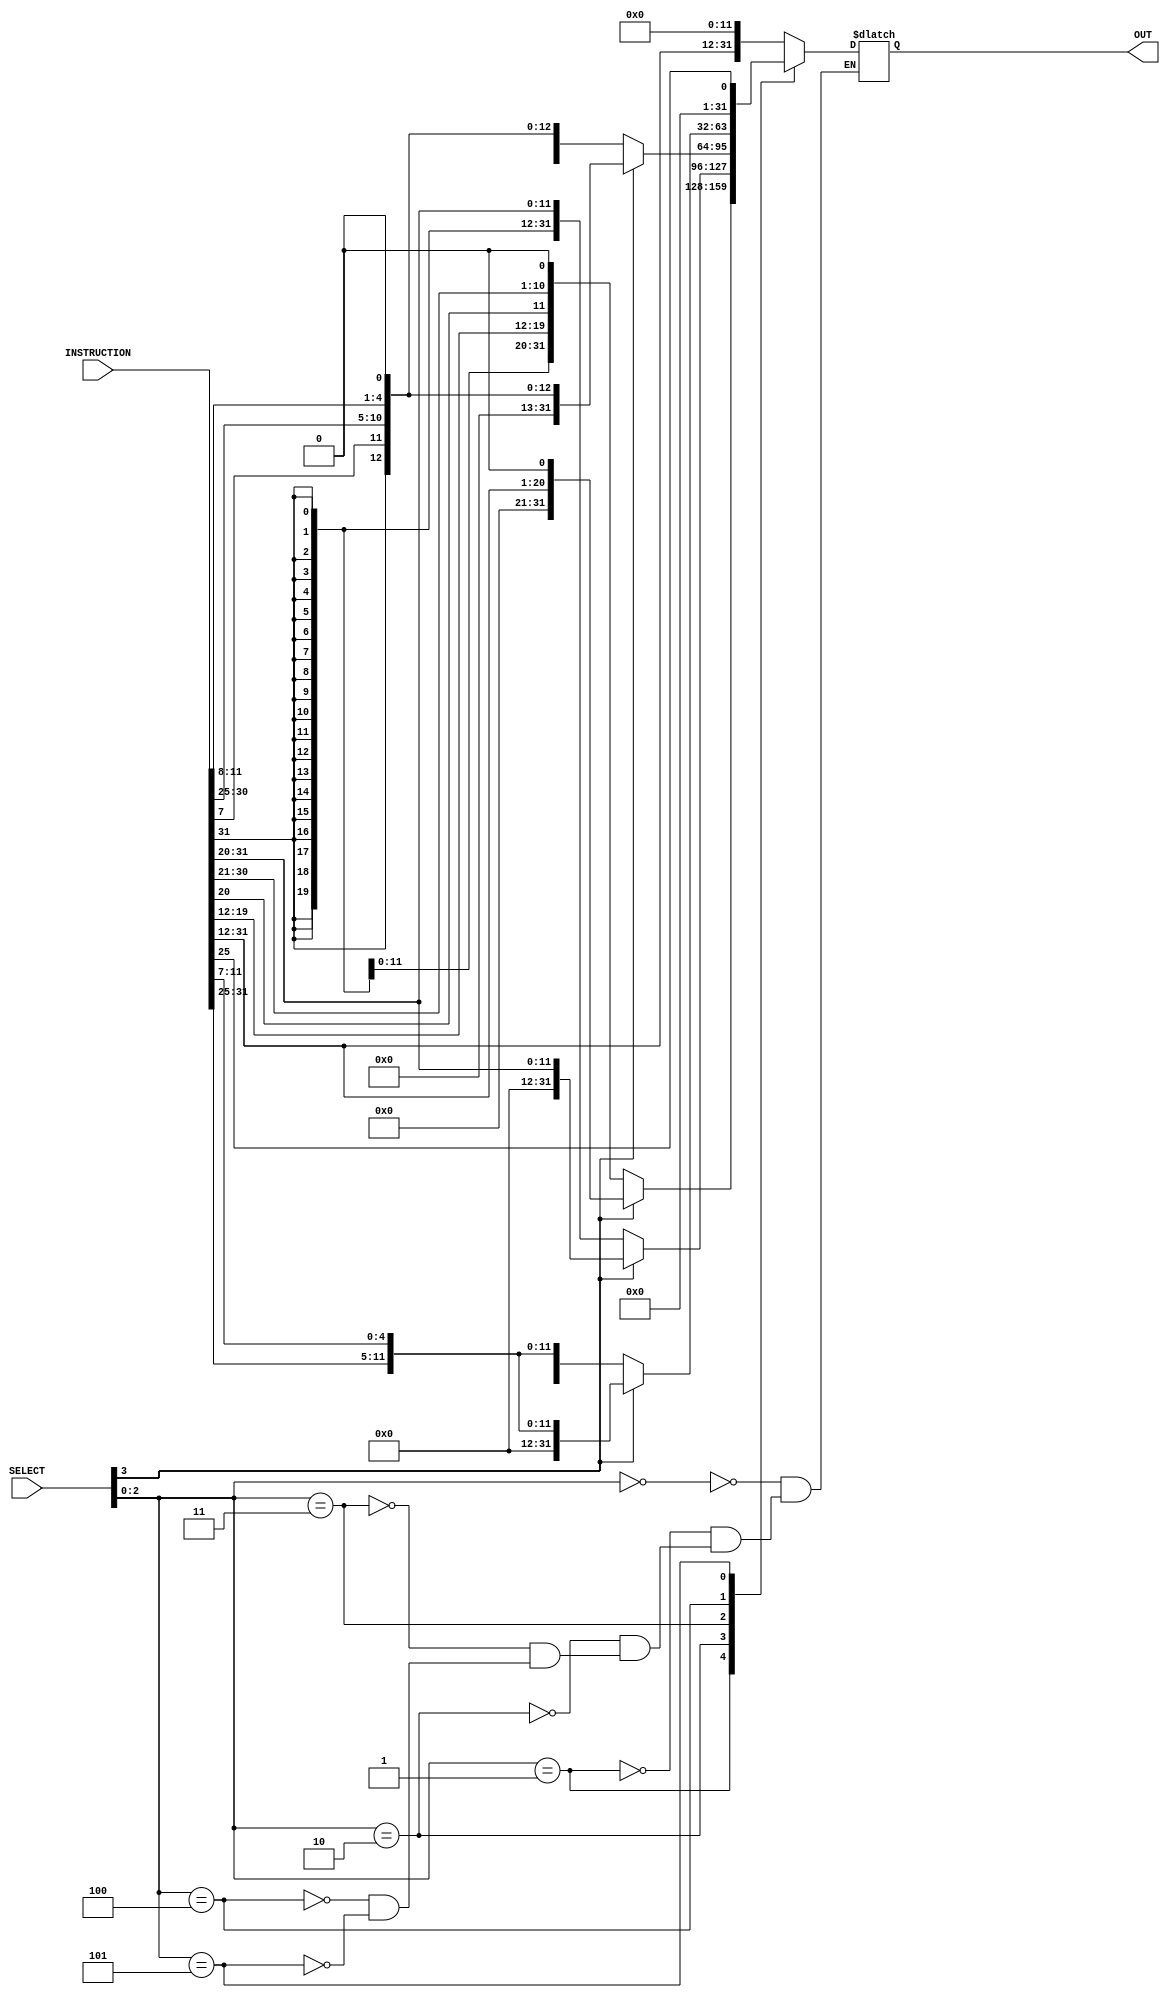
`timescale 1ns/100ps

module IMMEDIATE_GEN(INSTRUCTION, SELECT, OUT);

    input [31:0] INSTRUCTION;
    input [3:0] SELECT;
    output reg [31:0] OUT;

    wire [19:0] COMB1, COMB2;
    wire [11:0] COMB3, COMB4, COMB5;
    wire [4:0] TYPE6;

// getting commbination values to create immediate values
    assign COMB1 = INSTRUCTION[31:12];
    assign COMB2 = INSTRUCTION[31:12];
    assign COMB3 = INSTRUCTION[31:20];
    assign COMB4 = {INSTRUCTION[31:25], INSTRUCTION[11:7]};
    assign COMB5 = {INSTRUCTION[31:25], INSTRUCTION[11:7]};
    assign COMB6 = INSTRUCTION[29:25];


// getting output values relevent to the combination value
    always @(*) begin
        case(SELECT[2:0])
        3'b000:
            #1 OUT = {COMB1,{12{1'b0}}};

        3'b001:
            if (SELECT[3] == 1'b1) 
                #1 OUT = {{11{1'b0}}, COMB2, 1'b0};
            else
                #1 OUT = {{11{INSTRUCTION[31]}}, INSTRUCTION[31], INSTRUCTION[19:12], INSTRUCTION[20], INSTRUCTION[30:21], 1'b0};
        
        3'b010:
            if(SELECT[3] == 1'b1)
                #1 OUT = {{20{1'b0}}, COMB3};
            else
                #1 OUT = {{20{COMB3[11]}}, COMB3};
        
        3'b011:
            if(SELECT[3] == 1'b1)
                #1 OUT = {{20{1'b0}}, INSTRUCTION[31], INSTRUCTION[7], INSTRUCTION[30:25], INSTRUCTION[11:8], 1'b0}; 
            else
                #1 OUT = {{20{INSTRUCTION[31]}}, INSTRUCTION[31], INSTRUCTION[7], INSTRUCTION[30:25], INSTRUCTION[11:8], 1'b0};

        3'b100:
            if(SELECT[3] == 1'b1)
                #1 OUT = {{20{1'b0}}, COMB5};
            else
                #1 OUT = {{20{COMB5[11]}}, COMB5};

        3'b101:
            #1 OUT = {{27{1'b0}}, COMB6};

    endcase
    end

endmodule